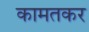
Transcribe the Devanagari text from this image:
कामतकर